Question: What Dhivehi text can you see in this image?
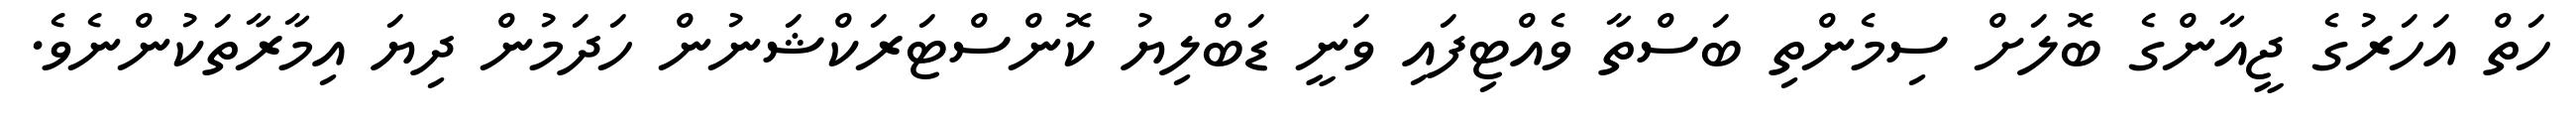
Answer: ހަތް އަހަރުގެ ޖީއާންގެ ބޮލަށް ސިމެންތި ބަސްތާ ވެއްޓިފައި ވަނީ ޑަބްލިޔު ކޮންސްޓަރަކްޝަނުން ހަދަމުން ދިޔަ އިމާރާތަކުންނެވެ.